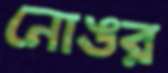
নোঙর